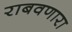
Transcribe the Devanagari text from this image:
राबवणारा